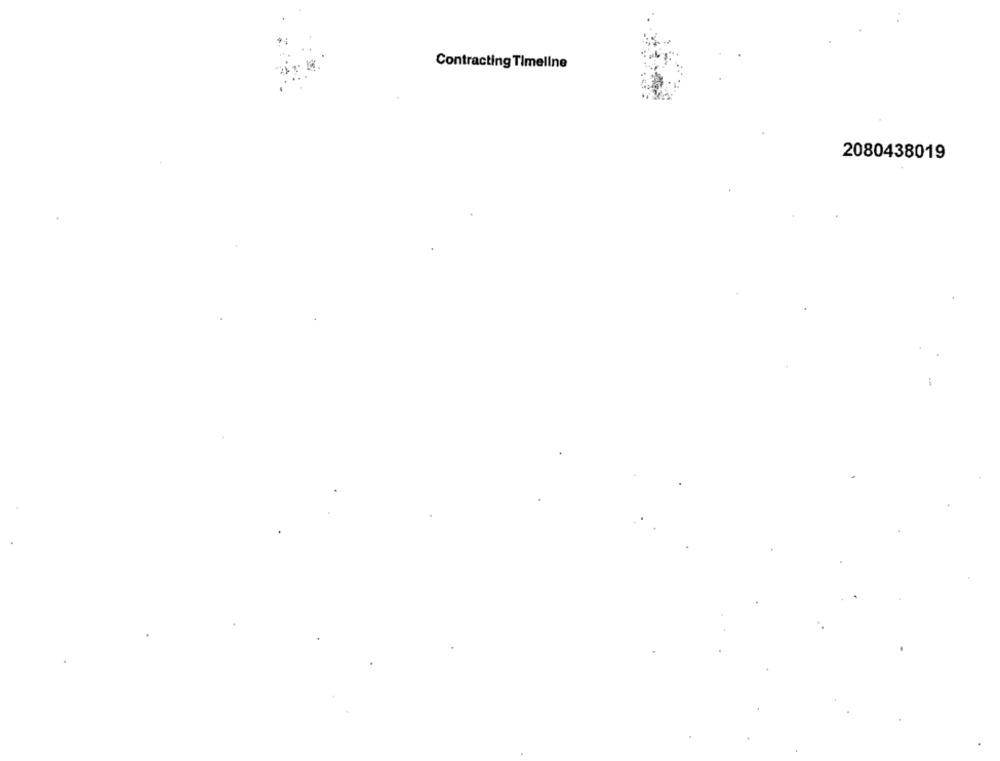
Contracting Timeline
2080438019